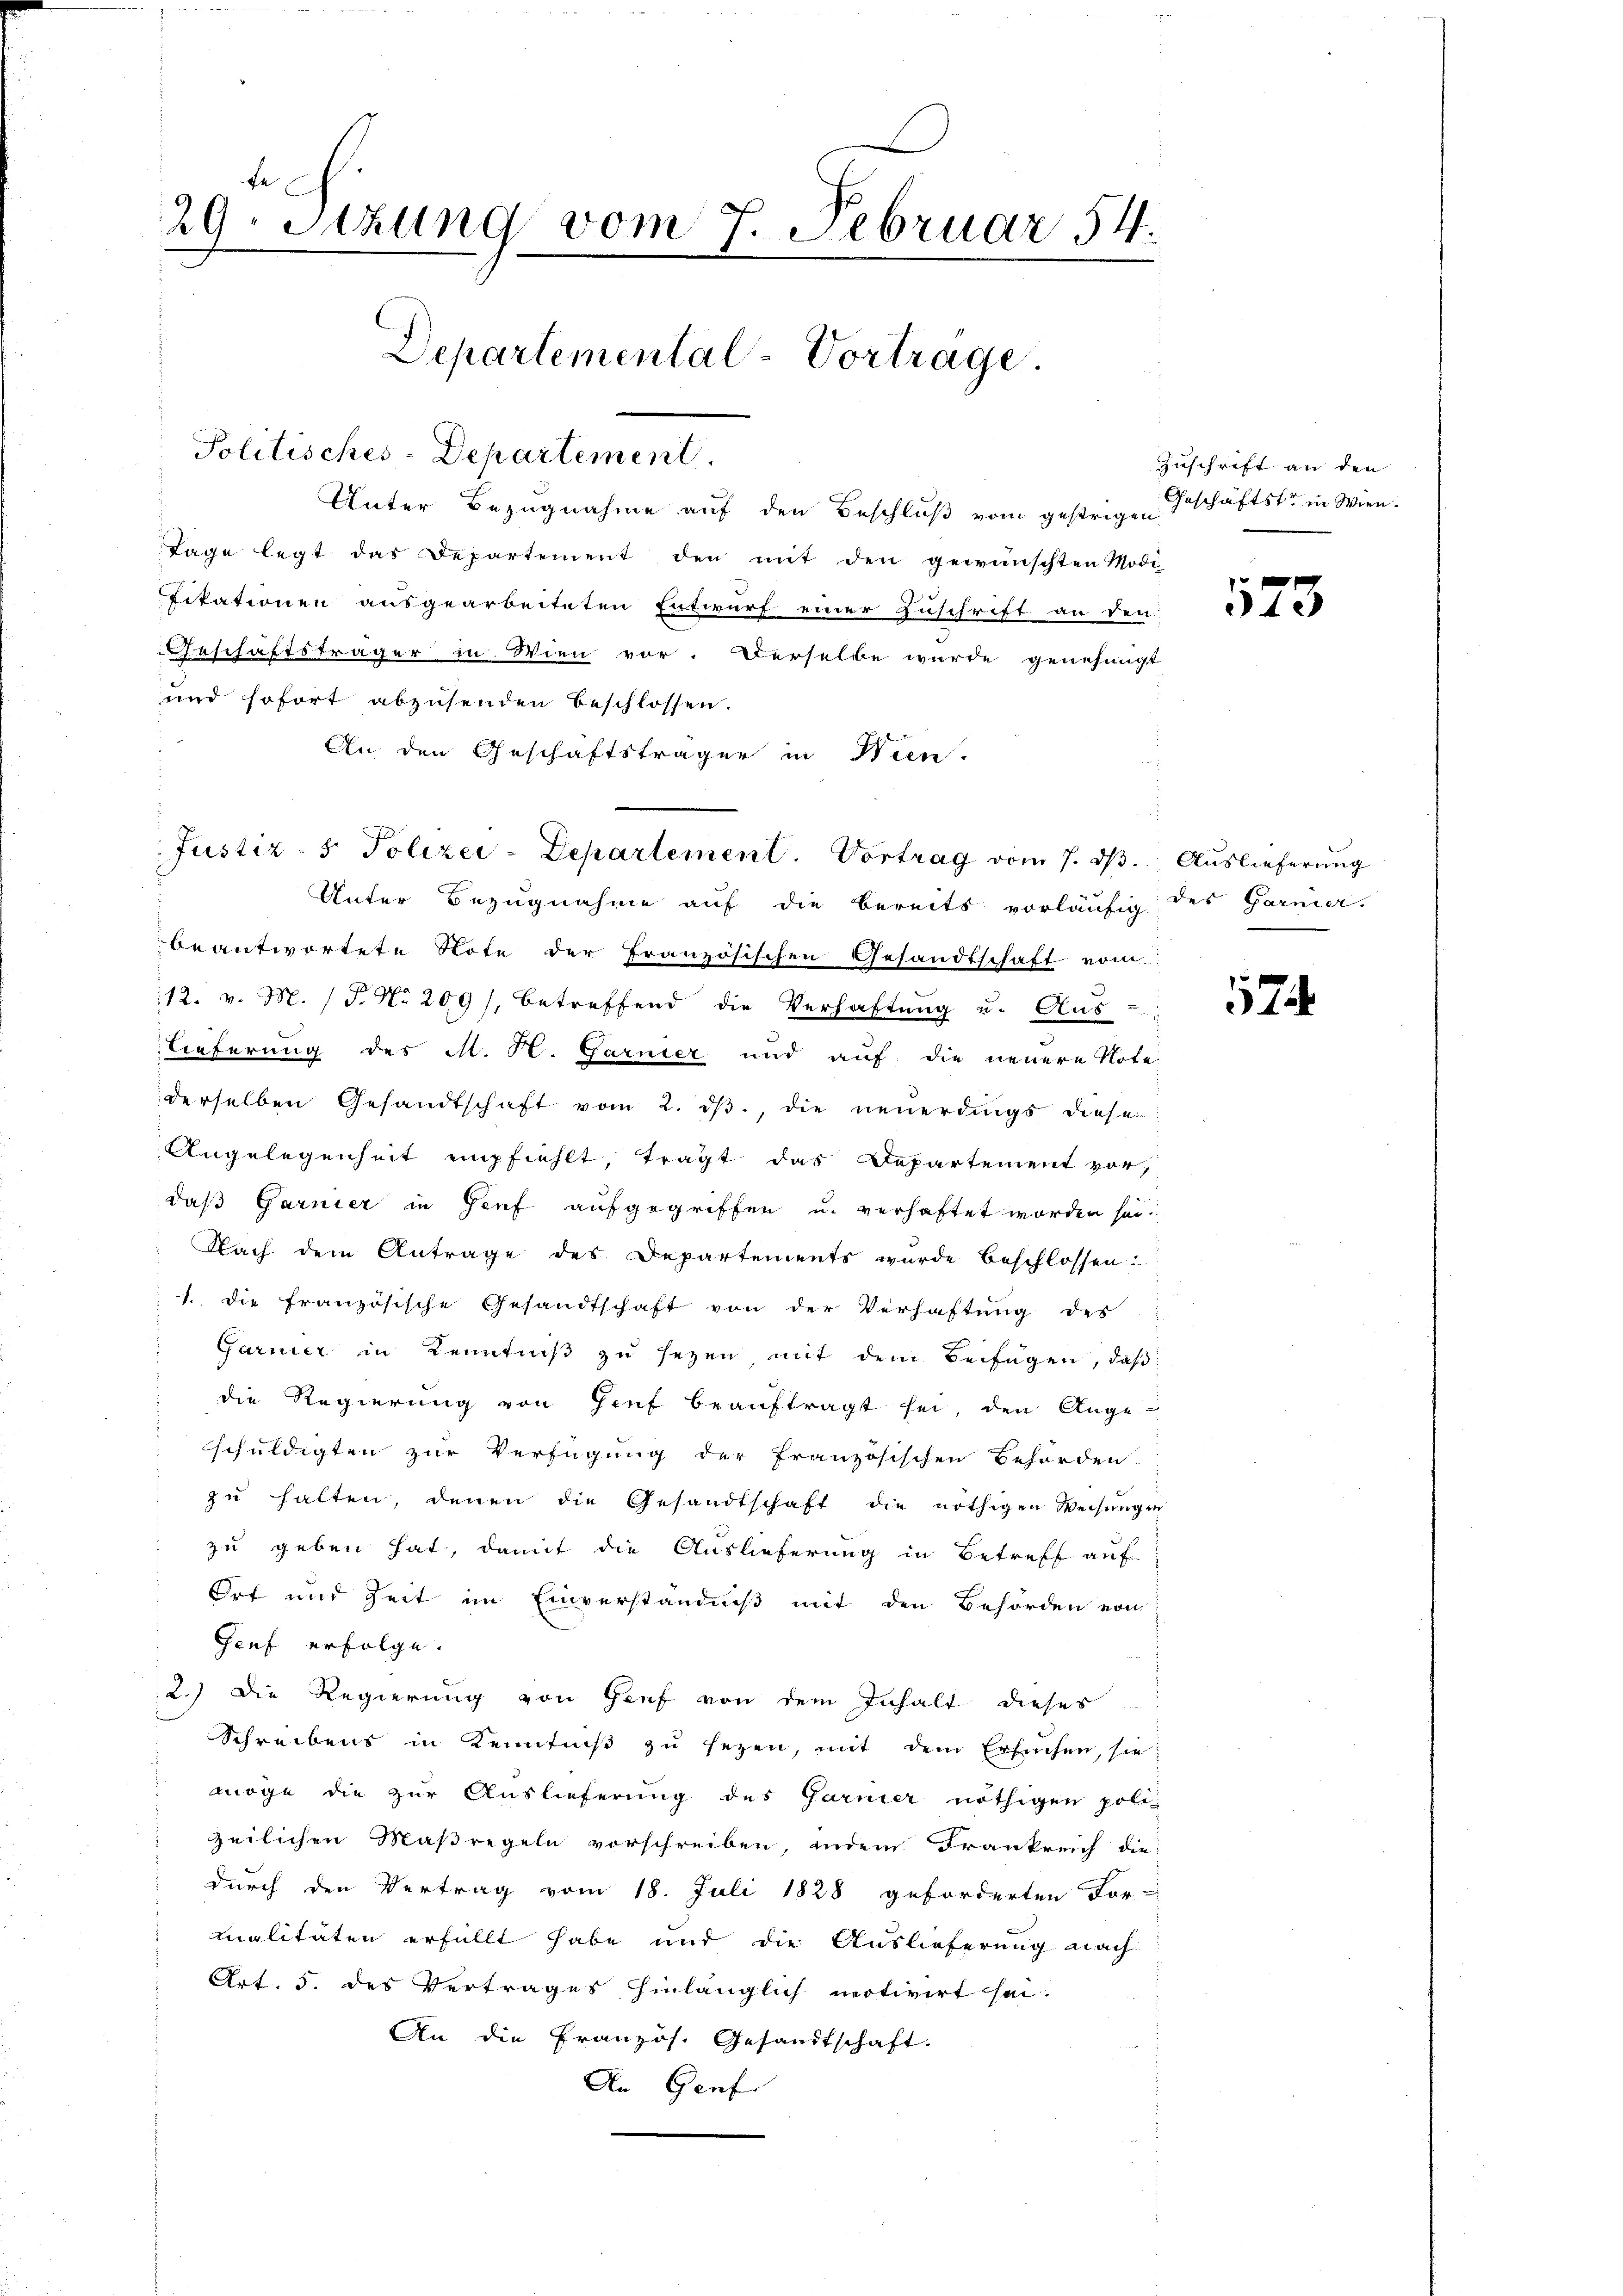
29. Sitzung vom 7. Februar 54.
Departemental-Vortrage.
Politisches-Departement.

Justiz- & Polizei-Departement. Vortrag vom 7. dβ.

Unter Bezugnahme auf den Beschluß vom gestrigen
Tage legt das Departement den mit den gewünschten Modi-
fikationen ausgearbeiteten Entwurf einer Zuschrift an den
Anschaftsträger in Wien vor. Derselbe wurde genehmigt
und sofort abzusenden beschlossen.
An den Geschäftsträger in Wien.
Unter Bezugnahme auf die bereits vorläufig des Garnier-
beantwortete Note der Französischen Gesandtschaft vom
12. v. M. (T. No 209), betreffend die Verhaftung u. Aus
tieferung des M. H. Garnier und auf die neuere Note.
derselben Gesandtschaft vom 2. dβ, die neuerdings diese
Angelegenheit empfiehlt, trägt das Departement vor,
daß Garnier in Genf aufgegriffen u. verhaftet worden sei.
Nach dem Antrage des Departements wurde beschlossen:
1. die französische Gesandtschaft von der Verhaftung des
Garnier in Kenntniß zu sezen mit dem Beifügen, daß
die Regierŭng von Hanf beaŭftragt sei, den Ange
schuldigten zur Verfügung der französischen Behörden
zu halten, denen die Gesandtschaft die nöthigen Weisungen
zu geben hat, damit die Auslieferung in Betreff auf
Ort und Zeit im Einverständniß mit den Behörden von
Genf erfolge.
2.) Die Regierung von Genf von dem Inhalt dieses
Schreibens in Kenntniβ zŭ sezen, mit dem Ersuchen, sie
möge die zur Auslieferung des Garnier nöthigen polizeilichen Maßregeln vorschreiben, indem Frankreich die
durch den Vertrag vom 18. Juli 1828 geforderten For-
malitäten erfüllt habe und die Auslieferung nach
Art. 5. des Vertrages hinlänglich motivirt sei.
An die Französ. Gesandtschaft.
An Genf

Zuschrift an den
Geschäftster in Wien.

573

Auslieferung

7